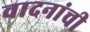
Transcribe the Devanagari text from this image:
वादनांची